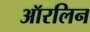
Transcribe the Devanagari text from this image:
ऑरलिन